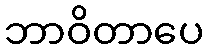
ဘာဝိတာပေ